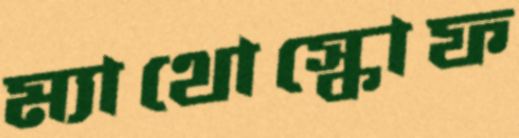
ম্যাথোস্কোফ